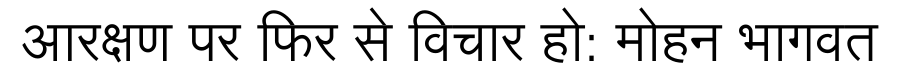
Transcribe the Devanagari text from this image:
आरक्षण पर फिर से विचार हो: मोहन भागवत